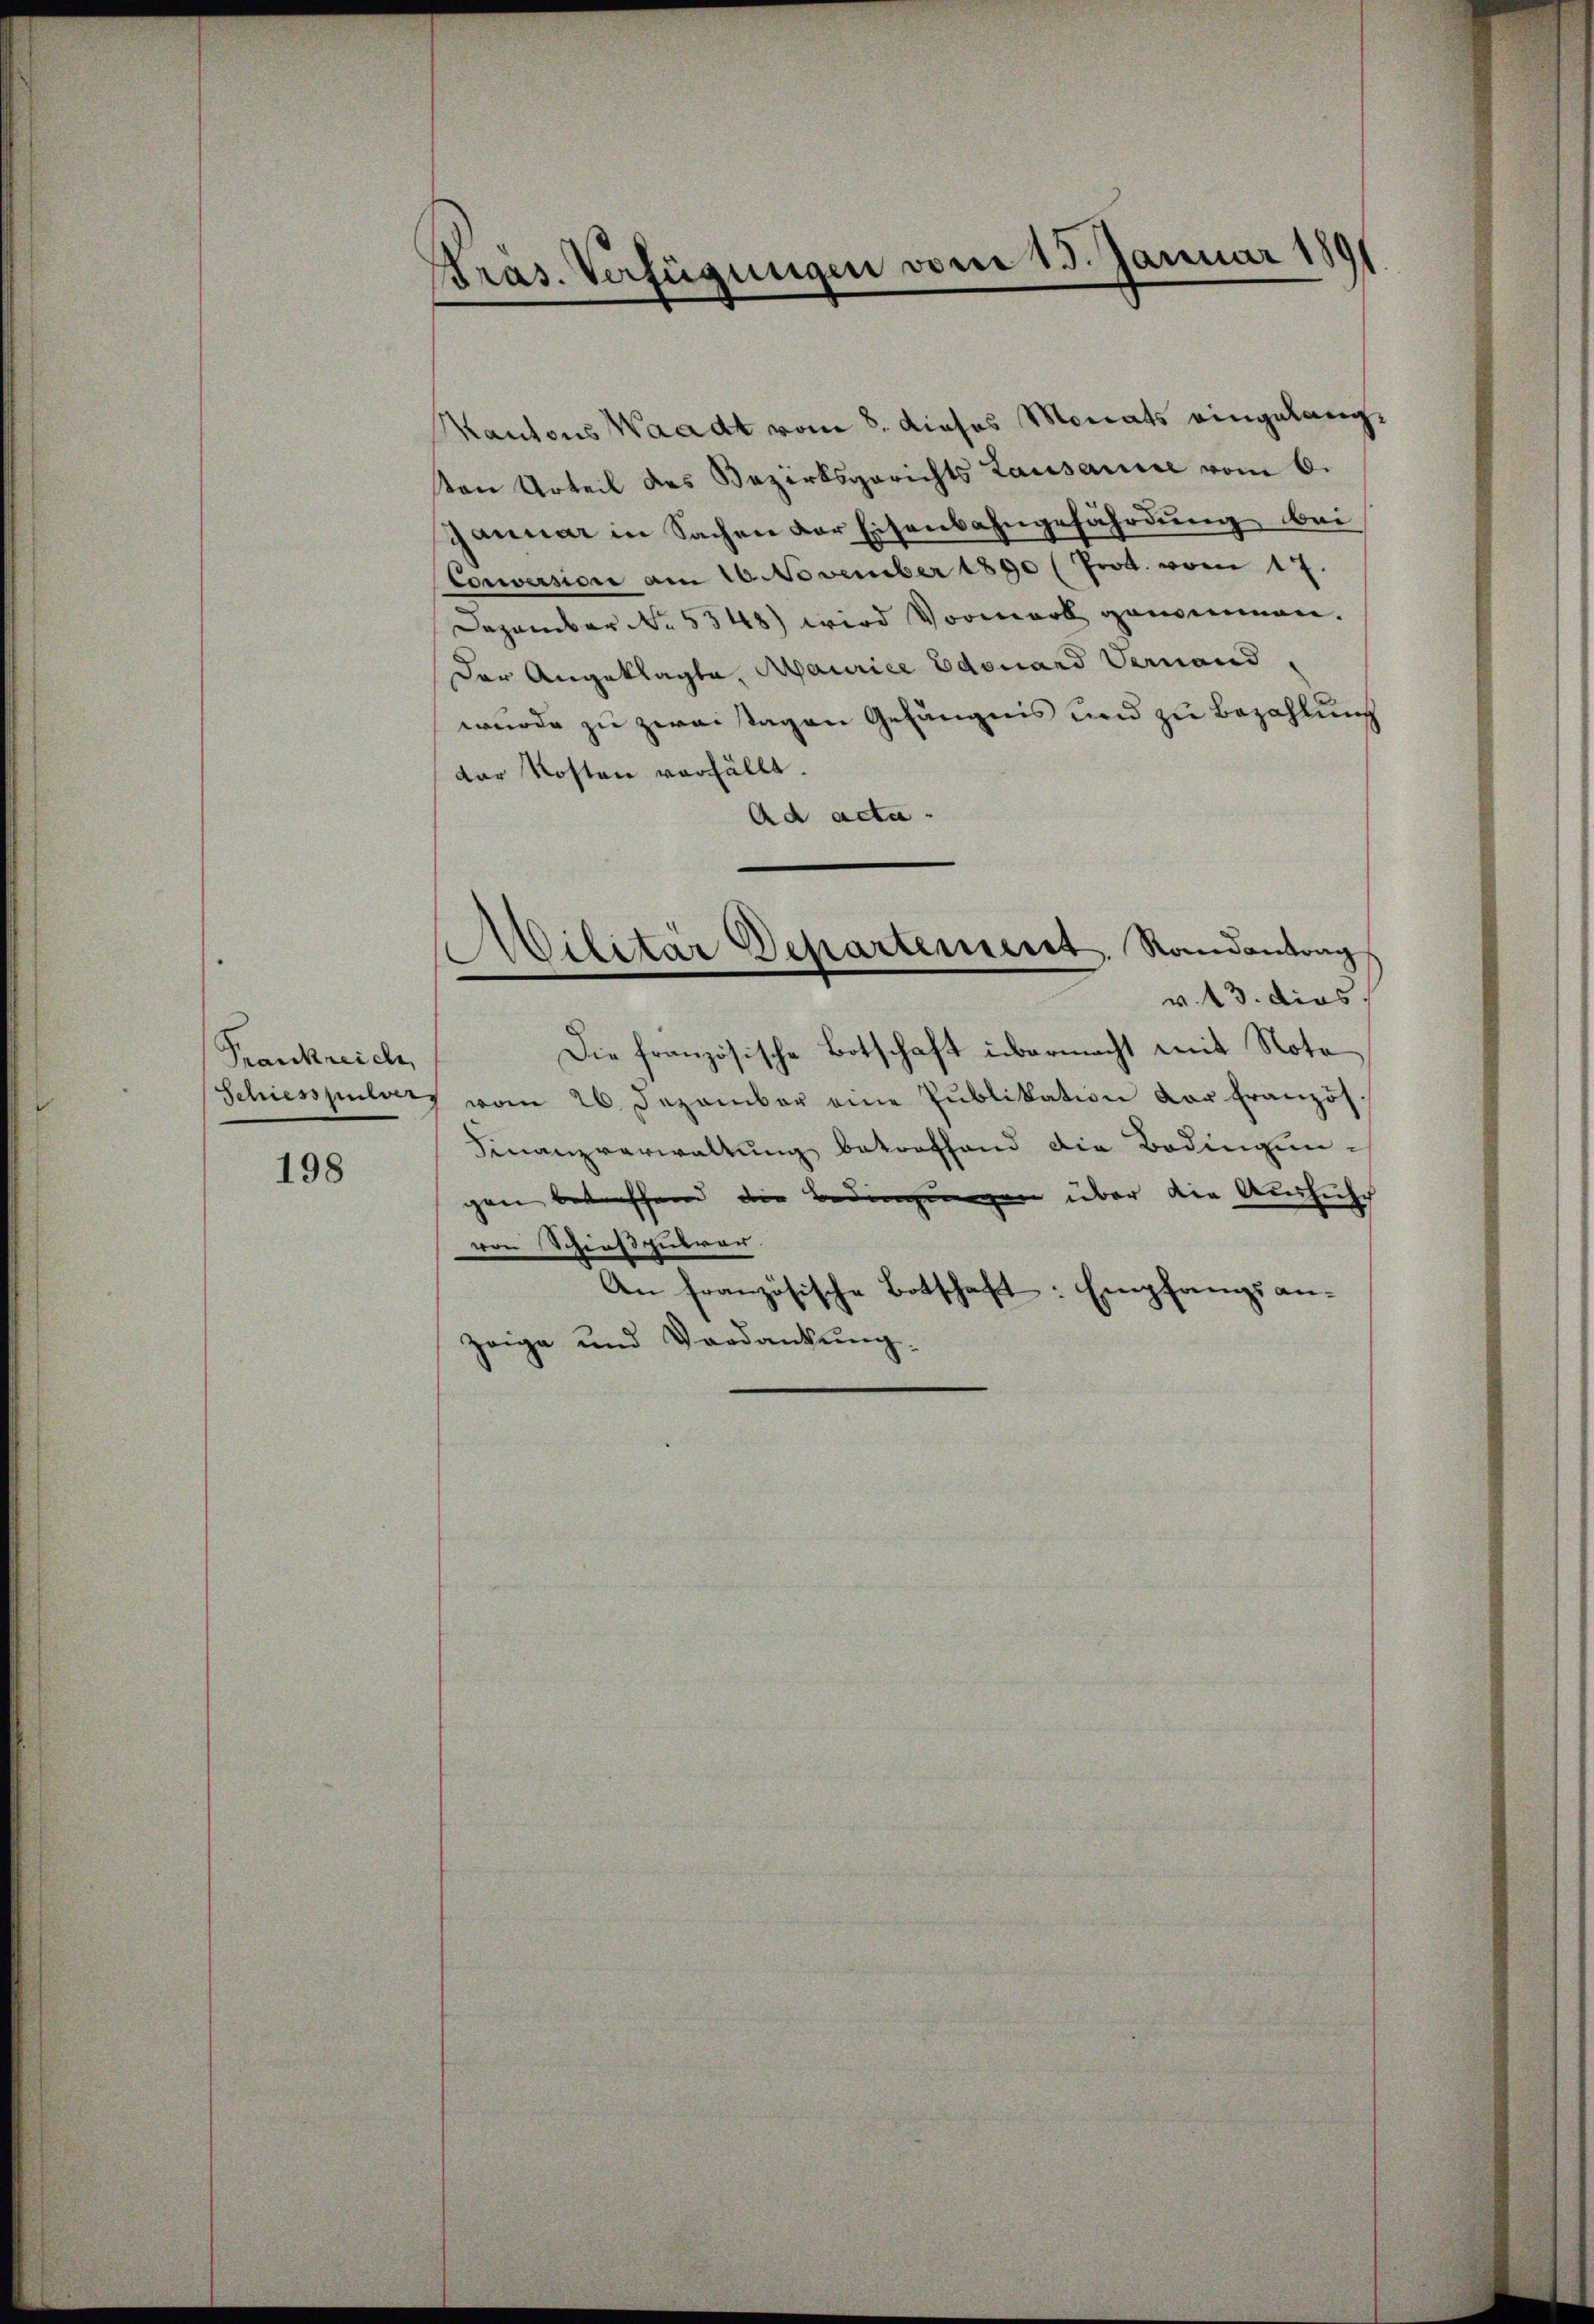
Frankreich

198

Pras. Verfügungen vom 15. Januar 1891

Kantons Waadt vom 8. dieses Monats eingelangton Urteil des Bezirksgerichts Lausanne vom 6.
Januar in Sachen der Eisenbahngefährdung bei
Corversion am 16. November 1890 (Prod. vom 17.
Dezember No. 5348) wird Vormerk genommen.
Der Angeklagte, Maurice Edouard Vernand
wurde zu zwei Tagen Gefängnis und zu Bezahlung
der Kosten verfällt.
Ad acta.
Militär Departement. Randantrag
v. 13. dies
Die französische Botschaft übermacht mit Note
Schiessplatz vom 26. Dezember eine Pŭblikation der Französ
Finanzverwaltung betroffend die Bodingungen betreffend die Bedingungen über die Ausführ
von Schießputrau
An französische Botschaft: Empfangs anzeige und Verdankung.